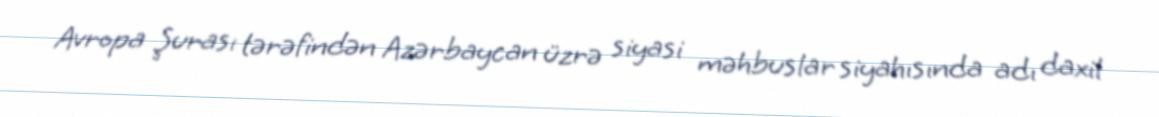
Avropa Şurası tərəfindən Azərbaycan üzrə siyasi məhbuslar siyahısında adı daxil